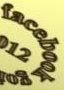
lacebook